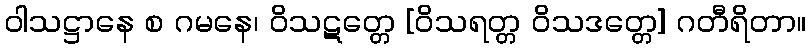
ဝါသဋ္ဌာနေ စ ဂမနေ၊ ဝိသဋတ္တေ [ဝိသရတ္တ ဝိသဒတ္တေ] ဂတီရိတာ။